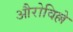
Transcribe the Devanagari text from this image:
औरोविल्ले